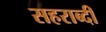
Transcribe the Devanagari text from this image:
सहराब्दी